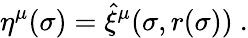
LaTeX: \eta^{\mu}(\sigma)=\hat{\xi}^{\mu}(\sigma,r(\sigma))\ .